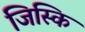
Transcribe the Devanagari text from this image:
जिस्कि